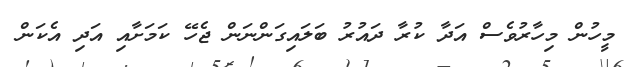
މީހުން މިހާރުވެސް އަދާ ކުރާ ދައުރު ބަލައިގަންނަން ޖެހޭ ކަމަށާއި އަދި އެކަން